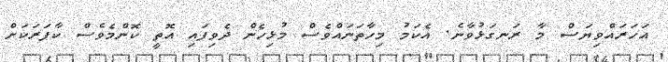
އަހަރައްވިޔަސް މާ ރަނގަޅުވާނެ. އެކަމު މިހާތަނައްވެސް މުޅިހެން ދެވިފައި އޮތީ ކޮންމެވެސް ކާފަރަކަށް